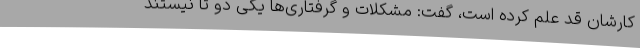
کارشان قد علم کرده‌ است، گفت: مشکلات و گرفتاری‌ها یکی دو تا نیستند